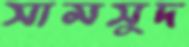
সামসুদ